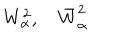
W _ { \alpha } ^ { 2 } , \quad \bar { W } _ { \dot { \alpha } } ^ { 2 }